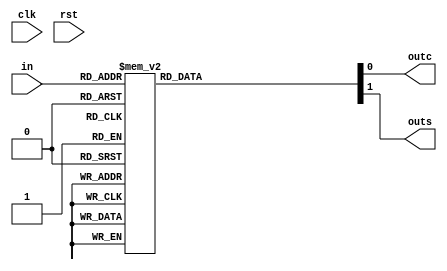
/*
   This file was generated automatically by the Mojo IDE version B1.3.6.
   Do not edit this file directly. Instead edit the original Lucid source.
   This is a temporary file and any changes made to it will be destroyed.
*/

module fulladder_3 (
    input clk,
    input rst,
    input [2:0] in,
    output reg outc,
    output reg outs
  );
  
  
  
  reg sum;
  
  reg cout;
  
  always @* begin
    
    case (in[0+2-:3])
      default: begin
        cout = 1'h0;
        sum = 1'h0;
      end
      3'h0: begin
        cout = 1'h0;
        sum = 1'h0;
      end
      3'h2: begin
        cout = 1'h0;
        sum = 1'h1;
      end
      3'h4: begin
        cout = 1'h0;
        sum = 1'h1;
      end
      3'h6: begin
        cout = 1'h1;
        sum = 1'h0;
      end
      3'h1: begin
        cout = 1'h0;
        sum = 1'h1;
      end
      3'h1: begin
        cout = 1'h0;
        sum = 1'h1;
      end
      3'h3: begin
        cout = 1'h1;
        sum = 1'h0;
      end
      3'h5: begin
        cout = 1'h1;
        sum = 1'h0;
      end
      3'h7: begin
        cout = 1'h1;
        sum = 1'h1;
      end
    endcase
    outc = cout;
    outs = sum;
  end
endmodule